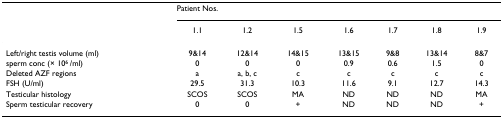
<table><thead><tr><td></td><td colspan="7"><b>Patient Nos.</b></td></tr><tr><td></td><td><b>1.1</b></td><td><b>1.2</b></td><td><b>1.5</b></td><td><b>1.6</b></td><td><b>1.7</b></td><td><b>1.8</b></td><td><b>1.9</b></td></tr></thead><tbody><tr><td>Left/right testis volume (ml)</td><td>9&amp;14</td><td>12&amp;14</td><td>14&amp;15</td><td>13&amp;15</td><td>9&amp;8</td><td>13&amp;14</td><td>8&amp;7</td></tr><tr><td>sperm conc (× 10<sup>6 </sup>/ml)</td><td>0</td><td>0</td><td>0</td><td>0.9</td><td>0.6</td><td>1.5</td><td>0</td></tr><tr><td>Deleted AZF regions</td><td>a</td><td>a, b, c</td><td>c</td><td>c</td><td>c</td><td>c</td><td>c</td></tr><tr><td>FSH (U/ml)</td><td>29.5</td><td>31.3</td><td>10.3</td><td>11.6</td><td>9.1</td><td>12.7</td><td>14.3</td></tr><tr><td>Testicular histology</td><td>SCOS</td><td>SCOS</td><td>MA</td><td>ND</td><td>ND</td><td>ND</td><td>MA</td></tr><tr><td>Sperm testicular recovery</td><td>0</td><td>0</td><td>+</td><td>ND</td><td>ND</td><td>ND</td><td>+</td></tr></tbody></table>